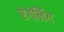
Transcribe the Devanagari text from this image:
एंगलिंग